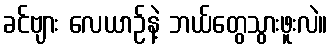
ခင်ဗျား လေယာဉ်နဲ့ ဘယ်တွေသွားဖူးလဲ။